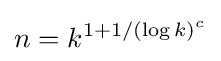
n=k^{1+1/(\log k)^{c}}